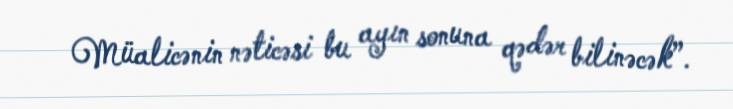
Müalicənin nəticəsi bu ayın sonuna qədər bilinəcək”.